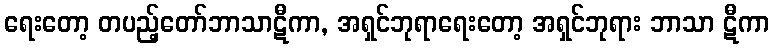
ရေးတော့ တပည့်တော်ဘာသာဋီကာ, အရှင်ဘုရာရေးတော့ အရှင်ဘုရား ဘာသာ ဋီကာ